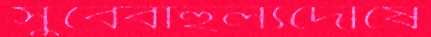
সুবেবাহুল্যদোষে